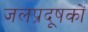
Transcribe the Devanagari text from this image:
जलप्रदूषकों